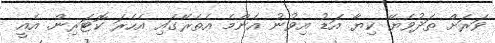
ވަރަށް ތަދުވެޔޭ ކިޔާ އަޑު އިވުނު އެންމެ އެތެރޭގައި އެހެރަ ކޮޓަރިން. އެއީ